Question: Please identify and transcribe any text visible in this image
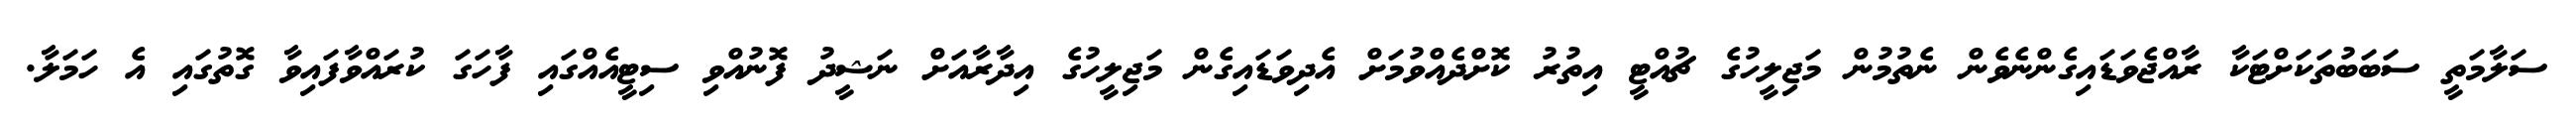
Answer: ސަލާމަތީ ސަބަބުތަކަށްޓަކާ ރާއްޖެވަޑައިގެންނެވެން ނެތުމުން މަޖިލީހުގެ ޗުއްޓީ އިތުރު ކޮށްދެއްވުމަށް އެދިވަޑައިގެން މަޖިލީހުގެ އިދާރާއަށް ނަޝީދު ފޮނުއްވި ސިޓީއެއްގައި ފާހަގަ ކުރައްވާފައިވާ ގޮތުގައި އެ ހަމަލާ.